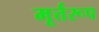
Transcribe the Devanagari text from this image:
मूर्त्तरूप